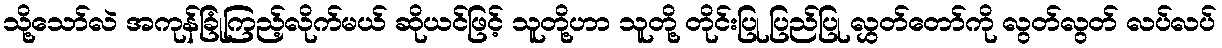
သို့သော်လဲ အကုန်ခြုံကြည့်လိုက်မယ် ဆိုယင်ဖြင့် သူတို့ဟာ သူတို့ တိုင်းပြု ပြည်ပြု လွှတ်တော်ကို လွတ်လွတ် လပ်လပ်